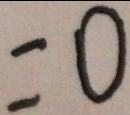
= 0